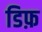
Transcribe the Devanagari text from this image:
डिफ़